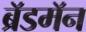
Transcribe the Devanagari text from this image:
ब्रॅडमॅन